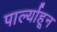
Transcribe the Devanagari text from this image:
पार्ल्याहून